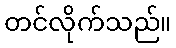
တင်လိုက်သည်။